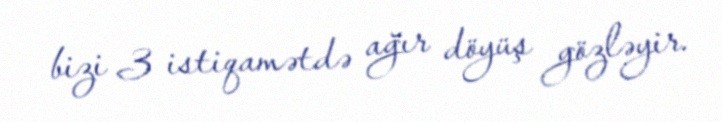
bizi 3 istiqamətdə ağır döyüş gözləyir.